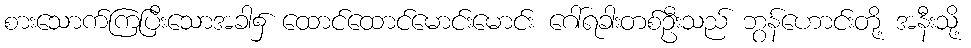
စားသောက်ကြပြီးသောအခါ၌ ထောင်ထောင်မောင်းမောင်း ဂေါ်ရခါးတစ်ဦးသည် ဘွန်ဟောင်းတို့ အနီးသို့